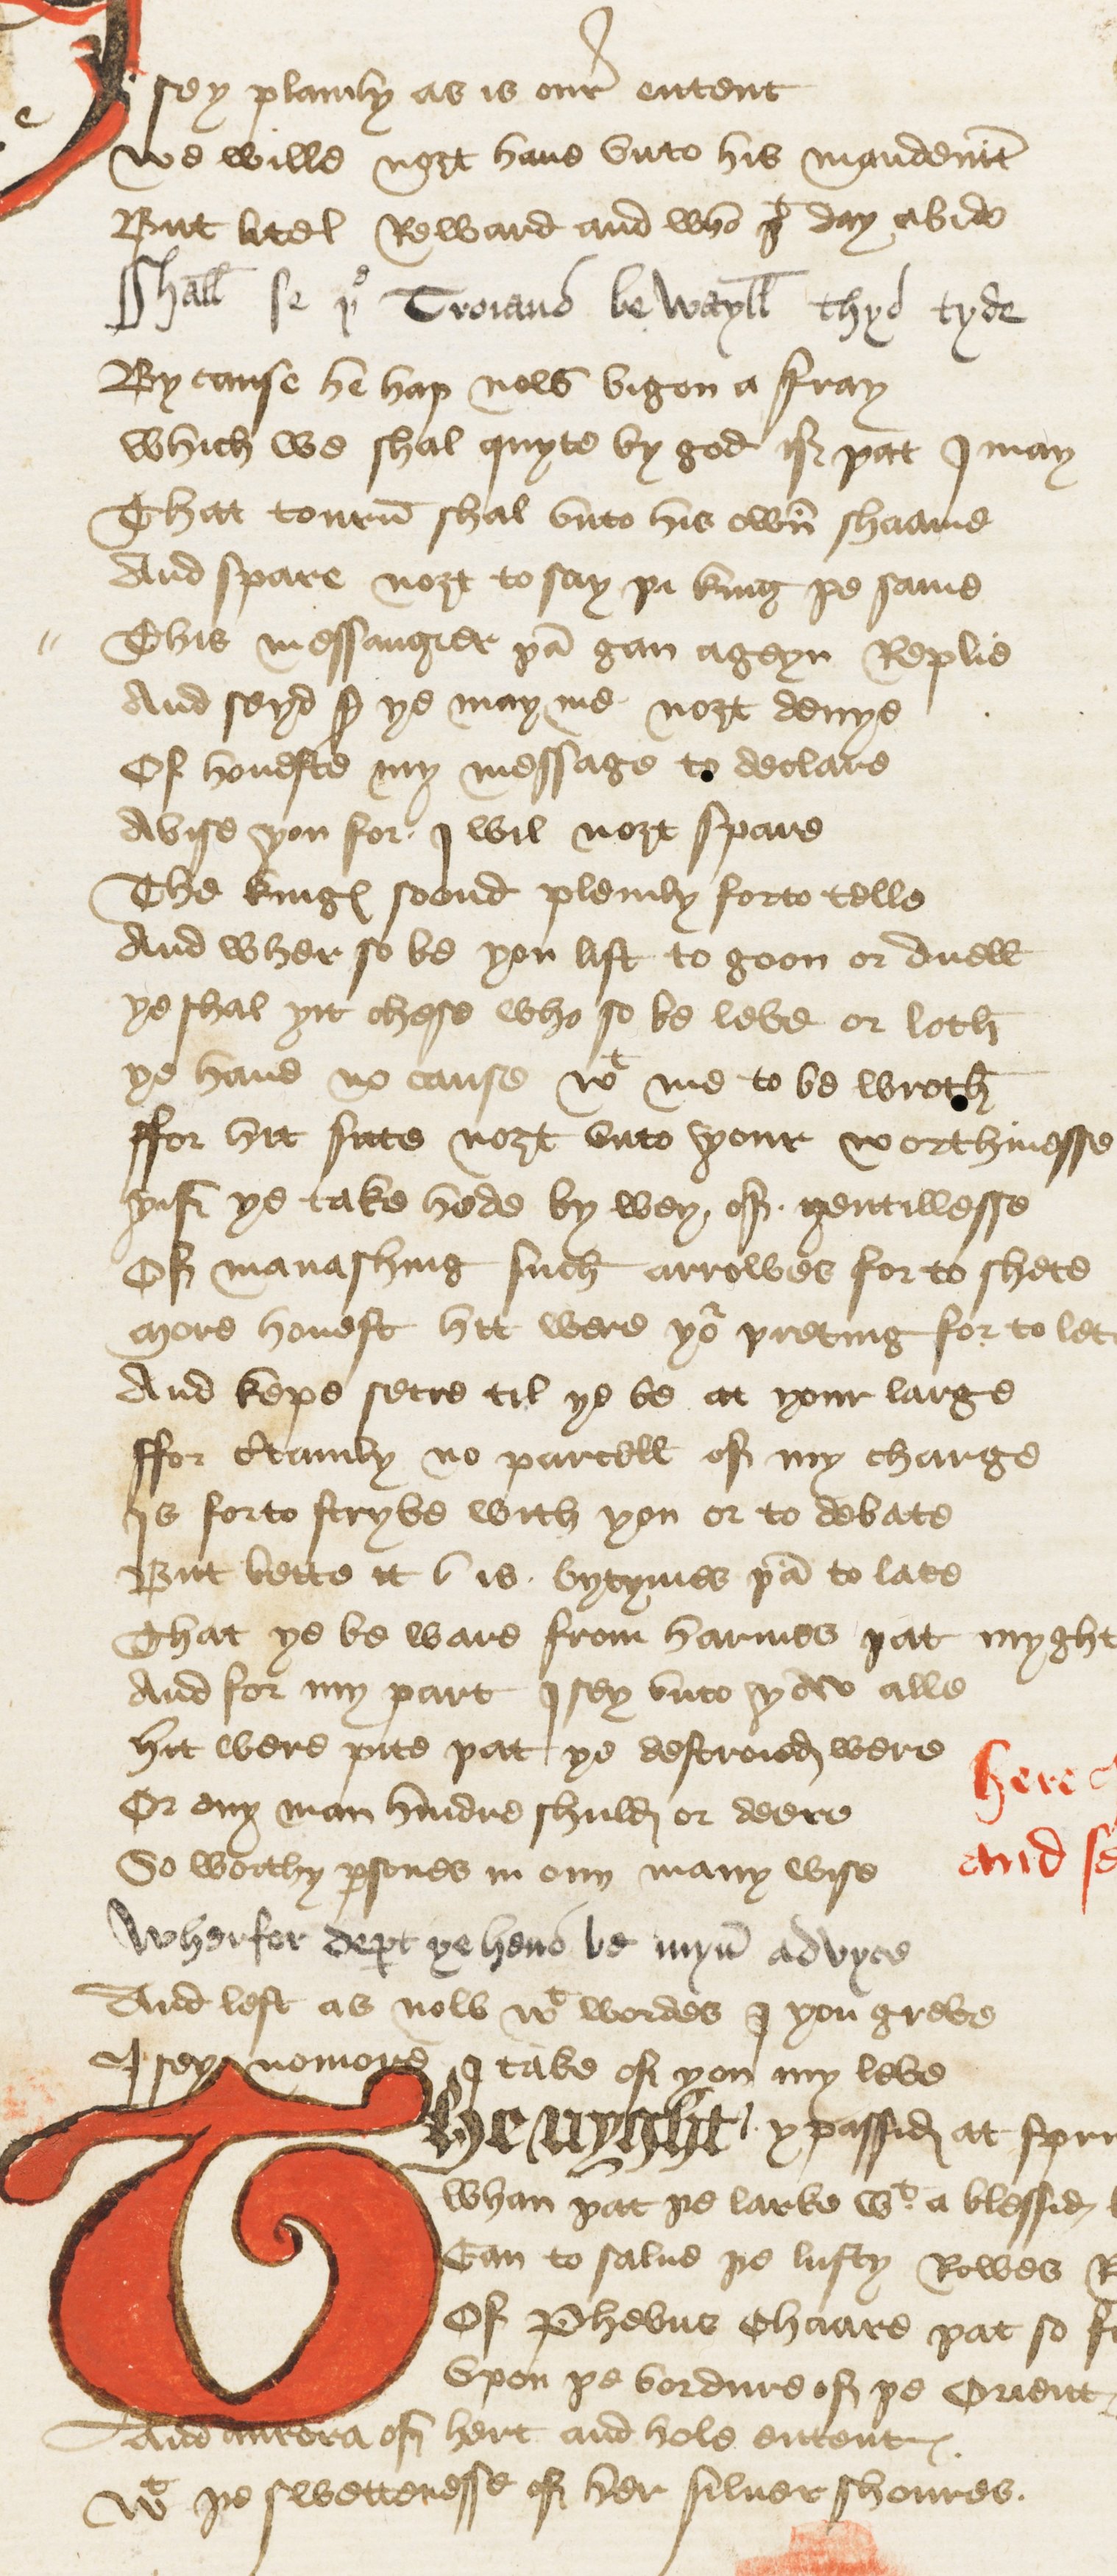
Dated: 1440–1460